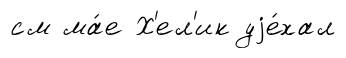
см ма́е Х'ел'ик уjе́хал